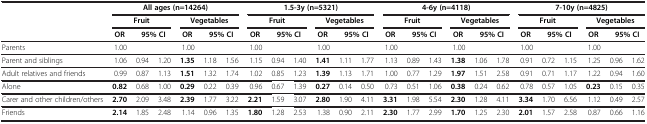
<table><thead><tr><td rowspan="3"><b> </b></td><td colspan="6"><b>All ages (n=14264)</b></td><td colspan="6"><b>1.5-3y (n=5321)</b></td><td colspan="6"><b>4-6y (n=4118)</b></td><td colspan="6"><b>7-10y (n=4825)</b></td></tr><tr><td colspan="3"><b>Fruit</b></td><td colspan="3"><b>Vegetables</b></td><td colspan="3"><b>Fruit</b></td><td colspan="3"><b>Vegetables</b></td><td colspan="3"><b>Fruit</b></td><td colspan="3"><b>Vegetables</b></td><td colspan="3"><b>Fruit</b></td><td colspan="3"><b>Vegetables</b></td></tr><tr><td><b>OR</b></td><td colspan="2"><b>95% CI</b></td><td><b>OR</b></td><td colspan="2"><b>95% CI</b></td><td><b>OR</b></td><td colspan="2"><b>95% CI</b></td><td><b>OR</b></td><td colspan="2"><b>95% CI</b></td><td><b>OR</b></td><td colspan="2"><b>95% CI</b></td><td><b>OR</b></td><td colspan="2"><b>95% CI</b></td><td><b>OR</b></td><td colspan="2"><b>95% CI</b></td><td><b>OR</b></td><td colspan="2"><b>95% CI</b></td></tr></thead><tbody><tr><td>Parents</td><td>1.00</td><td> </td><td> </td><td>1.00</td><td> </td><td> </td><td>1.00</td><td> </td><td> </td><td>1.00</td><td> </td><td> </td><td>1.00</td><td> </td><td> </td><td>1.00</td><td> </td><td> </td><td>1.00</td><td> </td><td> </td><td>1.00</td><td> </td><td> </td></tr><tr><td>Parent and siblings</td><td>1.06</td><td>0.94</td><td>1.20</td><td><b>1.35</b></td><td>1.18</td><td>1.56</td><td>1.15</td><td>0.94</td><td>1.40</td><td><b>1.41</b></td><td>1.11</td><td>1.77</td><td>1.13</td><td>0.89</td><td>1.43</td><td><b>1.38</b></td><td>1.06</td><td>1.78</td><td>0.91</td><td>0.72</td><td>1.15</td><td>1.25</td><td>0.96</td><td>1.62</td></tr><tr><td>Adult relatives and friends</td><td>0.99</td><td>0.87</td><td>1.13</td><td><b>1.51</b></td><td>1.32</td><td>1.74</td><td>1.02</td><td>0.85</td><td>1.23</td><td><b>1.39</b></td><td>1.13</td><td>1.71</td><td>1.00</td><td>0.77</td><td>1.29</td><td><b>1.97</b></td><td>1.51</td><td>2.58</td><td>0.91</td><td>0.71</td><td>1.17</td><td>1.22</td><td>0.94</td><td>1.60</td></tr><tr><td>Alone</td><td><b>0.82</b></td><td>0.68</td><td>1.00</td><td><b>0.29</b></td><td>0.22</td><td>0.39</td><td>0.96</td><td>0.67</td><td>1.39</td><td><b>0.27</b></td><td>0.14</td><td>0.50</td><td>0.73</td><td>0.51</td><td>1.06</td><td><b>0.38</b></td><td>0.24</td><td>0.62</td><td>0.78</td><td>0.57</td><td>1.05</td><td><b>0.23</b></td><td>0.15</td><td>0.35</td></tr><tr><td>Carer and other children/others</td><td><b>2.70</b></td><td>2.09</td><td>3.48</td><td><b>2.39</b></td><td>1.77</td><td>3.22</td><td><b>2.21</b></td><td>1.59</td><td>3.07</td><td><b>2.80</b></td><td>1.90</td><td>4.11</td><td><b>3.31</b></td><td>1.98</td><td>5.54</td><td><b>2.30</b></td><td>1.28</td><td>4.11</td><td><b>3.34</b></td><td>1.70</td><td>6.56</td><td>1.12</td><td>0.49</td><td>2.57</td></tr><tr><td>Friends</td><td><b>2.14</b></td><td>1.85</td><td>2.48</td><td>1.14</td><td>0.96</td><td>1.35</td><td><b>1.80</b></td><td>1.28</td><td>2.53</td><td>1.38</td><td>0.90</td><td>2.11</td><td><b>2.30</b></td><td>1.77</td><td>2.99</td><td><b>1.70</b></td><td>1.25</td><td>2.30</td><td><b>2.01</b></td><td>1.57</td><td>2.58</td><td>0.87</td><td>0.66</td><td>1.16</td></tr></tbody></table>